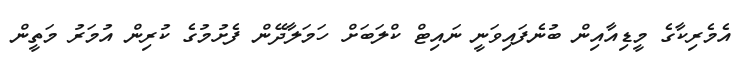
އެމެރިކާގެ މީޑިއާއިން ބުނެފައިވަނީ ނައިޓް ކްލަބަށް ހަމަލާދޭން ފެށުމުގެ ކުރިން އުމަރު މަތީން